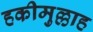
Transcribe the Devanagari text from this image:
हकीमुल्लाह